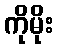
ကိုမိုး